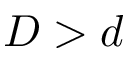
D > d